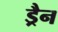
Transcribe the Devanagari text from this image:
ड्रैन